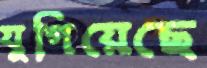
যুগিয়েছে